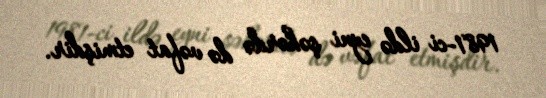
1981-ci ildə eyni şəhərdə də vəfat etmişdir.